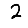
Digit: 2